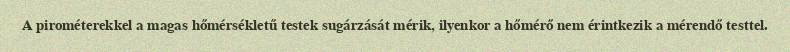
A pirométerekkel a magas hőmérsékletű testek sugárzását mérik, ilyenkor a hőmérő nem érintkezik a mérendő testtel.